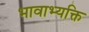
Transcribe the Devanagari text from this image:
भावाभ्यक्ति